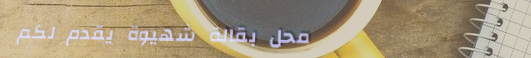
محل بقالة شهيوة يقدم لكم